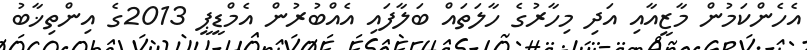
އެހެންކަމުން މާޒީއާއި އަދި މިހާރުގެ ހާލަތައް ބަލާފައި އެއްބުރުން އެމްޑީޕީ 2013ގެ އިންތިޚާބު